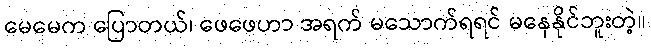
မေမေက ပြောတယ်၊ ဖေဖေဟာ အရက် မသောက်ရရင် မနေနိုင်ဘူးတဲ့။